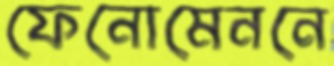
ফেনোমেননে